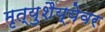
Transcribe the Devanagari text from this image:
मृत्युशैय्येवर